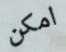
امكن